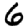
Digit: 6